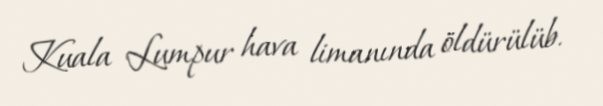
Kuala Lumpur hava limanında öldürülüb.